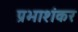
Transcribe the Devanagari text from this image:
प्रभाशंकर